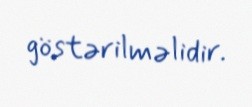
göstərilməlidir.